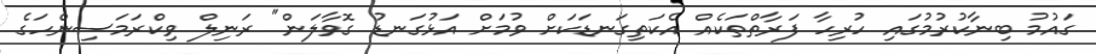
ގައުމު ބިނާކުރުމުގައި ހުރިހާ ފަރާތްތަކެއް އެކަތިގަނޑަކަށް ވުމަށް އަޅުގަނޑު ގޮވާލަން" ރަނިލް ވިކްރަމަސިންހަގެ